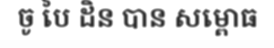
ចូ បៃ ដិន បាន សម្ពោធ